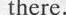
there.